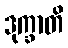
ဒုက္ခာတိ